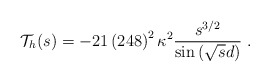
\begin{align*}{\cal T}_h (s) = -21 \left(248\right)^2 \kappa^2 \frac{ s^{3/2} } {\sin\left(\sqrt{s}d\right)} \; .\end{align*}